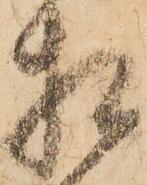
相